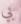
بي